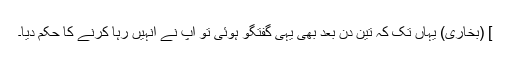
] (بخاری) یہاں تک کہ تین دن بعد بھی یہی گفتگو ہوئی تو آپ نے انہیں رہا کرنے کا حکم دیا۔